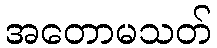
အတောမသတ်